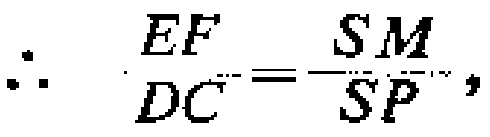
\(\therefore\ \frac{EF}{DC}=\frac{SM}{SP},\)